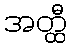
အတ္ထီ